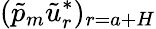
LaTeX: (\tilde{p}_{m}\tilde{u}_{r}^{*})_{r=a+H}